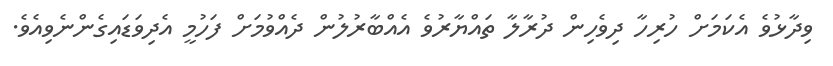
ވިދާޅުވެ އެކަމަށް ހުރިހާ ދިވެހިން ދުރާލާ ތައްޔާރުވެ އެއްބާރުލުން ދެއްވުމަށް ފަހުމީ އެދިވަޑައިގެންނެވިއެވެ.